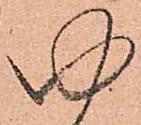
ゆ